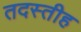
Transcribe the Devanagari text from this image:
तदस्तीह